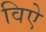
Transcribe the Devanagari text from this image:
विऐ